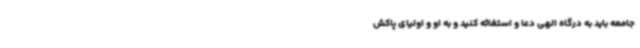
جامعه باید به درگاه الهی دعا و استغاثه کنید و به او و اولیای پاکش